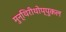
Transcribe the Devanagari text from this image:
मुन्थिरीथोप्पुकल